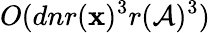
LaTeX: O(dnr(\mathbf{x})^{3}r(\mathcal{A})^{3})